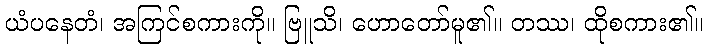
ယံပနေတံ၊ အကြင်စကားကို။ ဗြူသိ၊ ဟောတော်မူ၏။ တဿ၊ ထိုစကား၏။